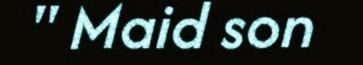
" Maid son